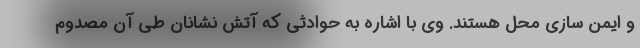
و ایمن سازی محل هستند. وی با اشاره به حوادثی که آتش نشانان طی آن مصدوم